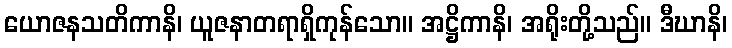
ယောဇနသတိကာနိ၊ ယူဇနာတရာရှိကုန်သော။ အဋ္ဌိကာနိ၊ အရိုးတို့သည်။ ဒီဃာနိ၊